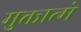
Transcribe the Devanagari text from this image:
मुक्तात्मे